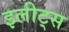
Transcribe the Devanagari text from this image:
इलीट्स